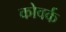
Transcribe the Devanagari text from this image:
कोवर्क